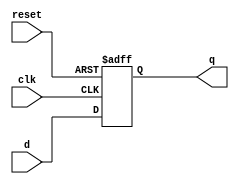
module flopr  (input             clk, reset,
               input      [31:0] d, 
               output reg [31:0] q);

  always @(posedge clk, posedge reset)
    if (reset) q <= 0;
    else       q <= d;
endmodule